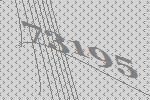
73195